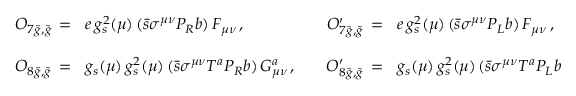
\begin{array} { l l l l } { { { \cal O } _ { 7 \tilde { g } , \tilde { g } } \, = } } & { { \! e \, g _ { s } ^ { 2 } ( \mu ) \, ( \bar { s } \sigma ^ { \mu \nu } P _ { R } b ) \, F _ { \mu \nu } \, , } } & { { \quad { \cal O } _ { 7 \tilde { g } , \tilde { g } } ^ { \prime } \, = } } & { { \! e \, g _ { s } ^ { 2 } ( \mu ) \, ( \bar { s } \sigma ^ { \mu \nu } P _ { L } b ) \, F _ { \mu \nu } \, , } } \\ { { } } & { { } } \\ { { { \cal O } _ { 8 \tilde { g } , \tilde { g } } \, = } } & { { \! g _ { s } ( \mu ) \, g _ { s } ^ { 2 } ( \mu ) \, ( \bar { s } \sigma ^ { \mu \nu } T ^ { a } P _ { R } b ) \, G _ { \mu \nu } ^ { a } \, , } } & { { \quad { \cal O } _ { 8 \tilde { g } , \tilde { g } } ^ { \prime } \, = } } & { { \! g _ { s } ( \mu ) \, g _ { s } ^ { 2 } ( \mu ) \, ( \bar { s } \sigma ^ { \mu \nu } T ^ { a } P _ { L } b ) \, G _ { \mu \nu } ^ { a } \, . } } \end{array}